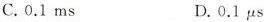
C.0.1ms D.0.1μs